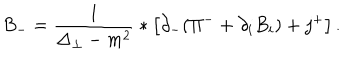
B _ { - } = \frac { 1 } { \Delta _ { \perp } - m ^ { 2 } } * \left[ \partial _ { - } ( \Pi ^ { - } + \partial _ { i } B _ { i } ) + j ^ { + } \right] .